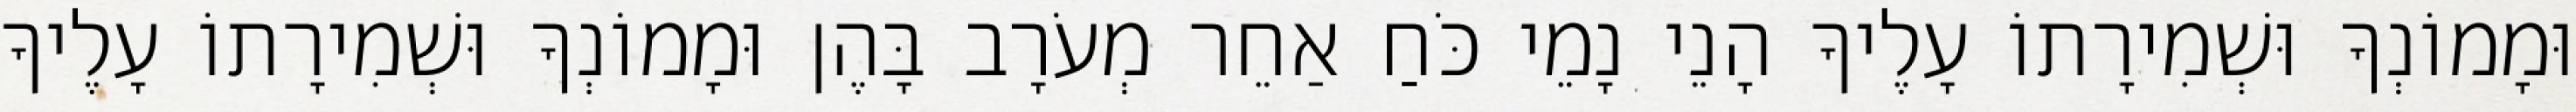
וּמָמוֹנְךָ וּשְׁמִירָתוֹ עָלֶיךָ הָנֵי נָמֵי כֹּחַ אַחֵר מְעֹרָב בָּהֶן וּמָמוֹנְךָ וּשְׁמִירָתוֹ עָלֶיךָ